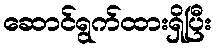
ဆောင်ရွက်ထားရှိပြီး